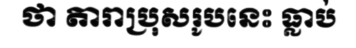
ថា តារាប្រុសរូបនេះ ធ្លាប់